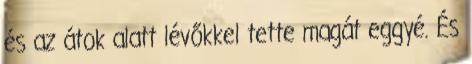
és az átok alatt lévőkkel tette magát eggyé. És